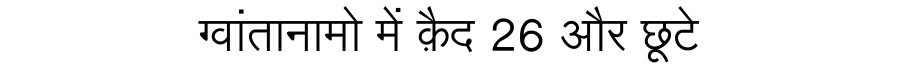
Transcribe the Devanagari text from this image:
ग्वांतानामो में क़ैद 26 और छूटे